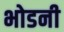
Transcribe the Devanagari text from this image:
भोडनी